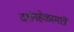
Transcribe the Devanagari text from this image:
दर्शनहेळामात्रें